Indian journal of veterinary science and animal husbandry - Volumes 15-17, 1948-1951
Year: 1948
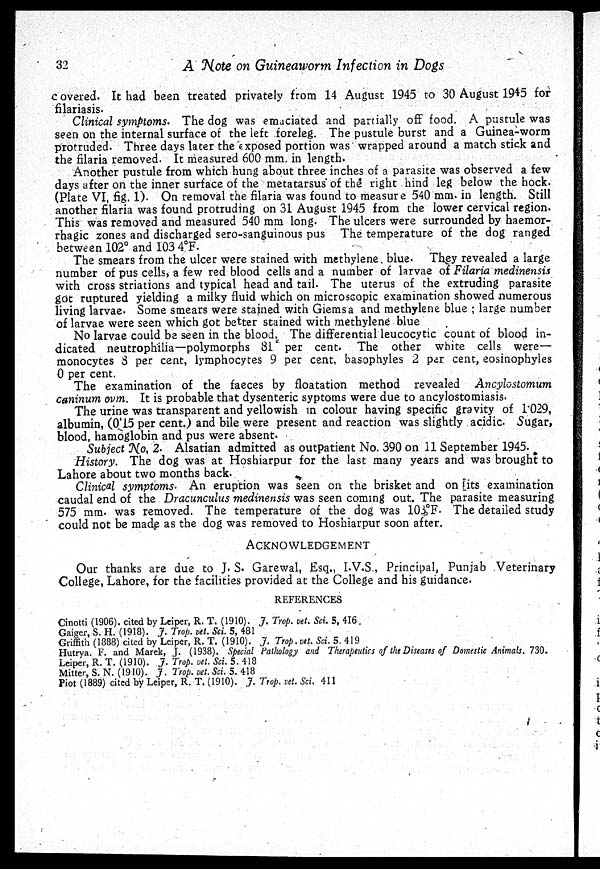
32
A Note on Guineaworm Infection in Dogs
covered. It had been treated privately from 14 August 1945 to 30 August 1945 for
filariasis.
Clinical symptoms. The dog was emaciated and partially off food. A pustule was
seen on the internal surface of the left foreleg. The pustule burst and a Guinea-worm
protruded. Three days later the exposed portion was wrapped around a match stick and
the filaria removed. It measured 600 mm. in length.
Another pustule from which hung about three inches of a parasite was observed a few
days after on the inner surface of the metatarsus of the right hind leg below the hock.
(Plate VI, fig. 1). On removal the filaria was found to measure 540 mm. in length. Still
another filaria was found protruding on 31 August 1945 from the lower cervical region.
This was removed and measured 540 mm long. The ulcers were surrounded by haemor-
rhagic zones and discharged sero-sanguinous pus The temperature of the dog ranged
between 102° and 103 4°F.
The smears from the ulcer were stained with methylene blue. They revealed a large
number of pus cells, a few red blood cells and a number of larvae of Filaria medinensis
with cross striations and typical head and tail. The uterus of the extruding parasite
got ruptured yielding a milky fluid which on microscopic examination showed numerous
living larvae. Some smears were stained with Giemsa and methylene blue ; large number
of larvae were seen which got better stained with methylene blue
No larvae could be seen in the blood. The differential leucocytic count of blood in-
dicated neutrophilia—polymorphs 81 per cent. The other white cells were—
monocytes 8 per cent, lymphocytes 9 per cent, basophyles 2 per cent, eosinophyles
0 per cent.
The examination of the faeces by floatation method revealed Ancylostomum
caninum ovm. It is probable that dysenteric syptoms were due to ancylostomiasis.
The urine was transparent and yellowish in colour having specific gravity of 1.029,
albumin, (0.15 per cent.) and bile were present and reaction was slightly acidic. Sugar,
blood, hamoglobin and pus were absent.
Subject No, 2. Alsatian admitted as outpatient No. 390 on 11 September 1945.
History. The dog was at Hoshiarpur for the last many years and was brought to
Lahore about two months back.
Clinical symptoms. An eruption was seen on the brisket and on its examination
caudal end of the Dracunculus medinensis was seen coming out. The parasite measuring
575 mm. was removed. The temperature of the dog was 103°F. The detailed study
could not be made as the dog was removed to Hoshiarpur soon after.
ACKNOWLEDGEMENT
Our thanks are due to J. S. Garewal, Esq., I.V.S., Principal, Punjab Veterinary
College, Lahore, for the facilities provided at the College and his guidance.
REFERENCES
Cinotti (1906). cited by Leiper, R. T. (1910). J. Trop. vet. Sci. 5, 416.
Gaiger, S. H. (1918). J. Trop. vet. Sci. 5, 481
Griffith (1888) cited by Leiper, R. T. (1910). J. Trop. vet. Sci. 5. 419
Hutrya. F. and Marek, J. (1938). Special Pathology and Therapeutics of the Diseases of Domestic Animals. 730.
Leiper, R. T. (1910). J. Trop. vet. Sci. 5. 418
Mitter, S. N. (1910). J. Trop. vet. Sci. 5. 418
Piot (1889) cited by Leiper, R. T. (1910). J. Trop. vet. Sci. 411